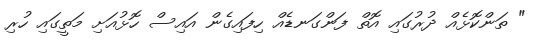
" ތަންކޮޅެއް ދުރުގައި އޮތް ފަންގަނޑެއް ހިފައިގެން އައިސް ހޮޅުއަށި މަތީގައި ހުރި